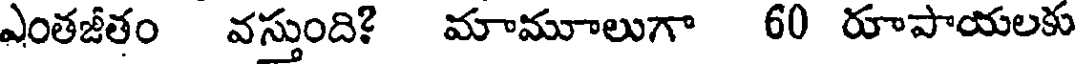
ఎంతజీతం వస్తుంది? మామూలుగా 60 రూపాయలకు